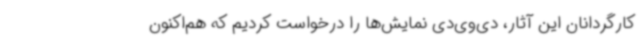
کارگردانان این آثار، دی‌وی‌دی نمایش‌ها را درخواست کردیم که هم‌اکنون